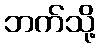
ဘက်သို့